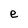
Character: e